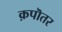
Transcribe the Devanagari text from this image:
क़पॊतर